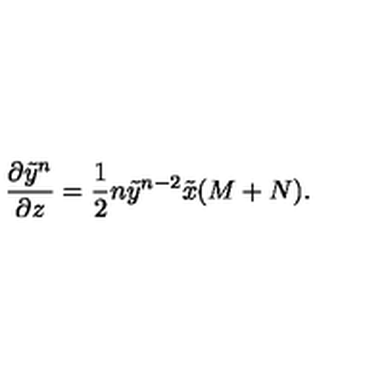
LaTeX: { \frac { \partial \tilde { y } ^ { n } } { \partial z } } = { \frac { 1 } { 2 } } n \tilde { y } ^ { n - 2 } \tilde { x } ( M + N ) .